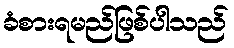
ခံစားရမည်ဖြစ်ပါသည်